Account of plague administration in the Bombay Presidency from September 1896 till May 1897
Year: 1896
Disease focus: Plague
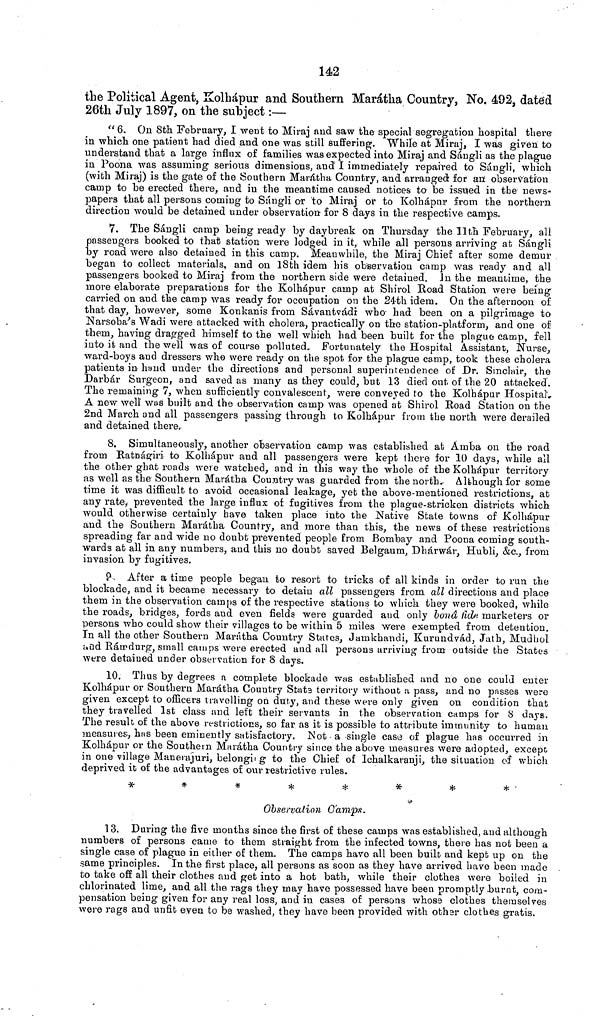
142
the Political Agent, Kolhápur and Southern Marátha Country, No. 492, dated
26th July 1897, on the subject :—
" 6. On 8th February, I went to Miraj and saw the special segregation hospital there-
in which one patient had died and one was still suffering. While at Miraj, I was given to
understand that a large influx of families was expected into Miraj and Sángli as the plague
in Poona was assuming serious dimensions, and I immediately repaired to Sángli, which
(with Miraj) is the gate of the Southern Marátha Country, and arranged for an observation
camp to be erected there, and in the meantime caused notices to be issued in the news-
papers that all persons coming to Sángli or to Miraj or to Kolhápur from the northern
direction would be detained under observation for 8 days in the respective camps.
7. The Sángli camp being ready by daybreak on Thursday the 11th February, all
passengers booked to that station were lodged in it, while all persons arriving at Sángli
by road were also detained in this camp. Meanwhile, the Miraj Chief after some demur
began to collect materials, and on 18th idem his observation camp was ready and all
passengers booked to Miraj from the northern side were detained. In the meantime, the
more elaborate preparations for the Kolhápur camp at Shirol Road Station were being
carried on and the camp was ready for occupation on the 24-th idem. On the afternoon of
that day, however, some Konkanis from Sávantvádi who had been on a pilgrimage to
Narsoba's Wadi were attacked with cholera, practically on the station-platform, and one of
them, having dragged himself to the well which had been built for the plague camp, fell
into it and the well was of course polluted. Fortunately the Hospital Assistant, Nurse,
ward-boys and dressers who were ready on the spot for the plague camp, took these cholera
patients in hand under the directions and personal superintendence of Dr. Sinclair, the
Darbár Surgeon, and saved as many as they could, but 13 died out of the 20 attacked.
The remaining 7, when sufficiently convalescent, were conveyed to the Kolhápur Hospital-
A new well was built and the observation camp was opened at Shirol Road Station on the
2nd March and all passengers passing through to Kolhápur from the north were derailed
and detained there.
8. Simultaneously, another observation camp was established at Amba on the road
from Ratnágiri to Kolhápur and all passengers were kept there for 10 days, while all
the other ghat roads were watched, and in this way the whole of the Kolhápur territory
as well as the Southern Marátha Country was guarded from the north. Although for some
time it was difficult to avoid occasional leakage, yet the above-mentioned restrictions, at
any rate, prevented the large influx of fugitives from the plague-stricken districts which
would otherwise certainly have taken place into the Native State towns of Kolhápur
and the Southern Marátha Country, and more than this, the news of these restrictions
spreading far and wide no doubt prevented people from Bombay and Poona coming south-
wards at all in any numbers, and this no doubt saved Belgaum, Dhárwár, Hubli, &c., from
invasion by fugitives.
P. After a time people began to resort to tricks of all kinds in order to run the
blockade, and it became necessary to detain all passengers from all directions and place
them in the observation camps of the respective stations to which they were booked, while
the roads, bridges, fords and even fields were guarded and only bonâ fide marketers or
persons who could show their villages to be within 5 miles were exempted from detention.
In all the other Southern Marátha Country States, Jamkhandi, Kurundvád, Jath, Mudhol
and Rátrdurg, small camps were erected and all persons arriving from outside the States
were detained under observation for 8 days.
10. Thus by degrees a complete blockade was established and no one could enter
Kolhápur or Southern Marátha Country State territory without a pass, and no passes were
given except to officers travelling on duty, and these were only given on condition that
they travelled 1st class and left their servants in the observation camps for 8 days.
The result of the above restrictions, so far as it is possible to attribute immunity to human,
measures, has been eminently satisfactory. Not a single case of plague has occurred in
Kolhápur or the Southern Marátha Country since the above measures were adopted, except)
in one village Mauerajuri, belonging to the Chief of Ichalkavanji, the situation of which
deprived it of the advantages of our restrictive rules.
*
*
*
*
*
*
*
*
Observation O'amps.
13. During the five months since the first of these camps was established, and although
numbers of persons came to them straight from the infected towns, there has not been a
single case of plague in either of them. The camps have all been built and kept up on the
same principles. In the first place, all persons as soon as they have arrived have been made
to take off all their clothes and get into a hot bath, while their clothes were boiled in
chlorinated lime, and all the rags they may have possessed have been promptly burnt, com-
pensation being given for any real loss, and in cases of persons whose clothes themselves
were rags and unfit even to be washed, they have been provided with other clothes gratis.